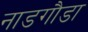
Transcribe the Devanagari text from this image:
नाडगौडा